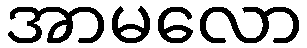
အာမလော